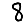
Digit: 8